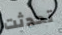
تحدثت